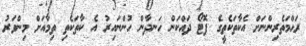
ރަޙްމަތެރިންނަށް އެކާތަކެތީގެ ފޮޓޯ ދައްކަން ހަނދާން ހުންނައިރު އެ ކާތަކެތި ތިމާއަށް މިންވަރު